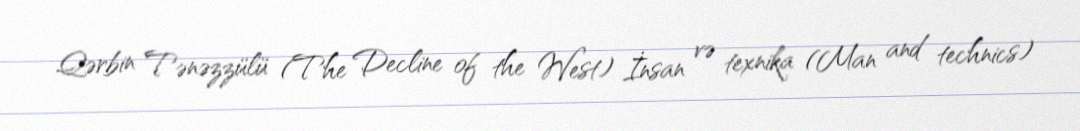
Qərbin Tənəzzülü (The Decline of the West) İnsan və texnika (Man and technics)